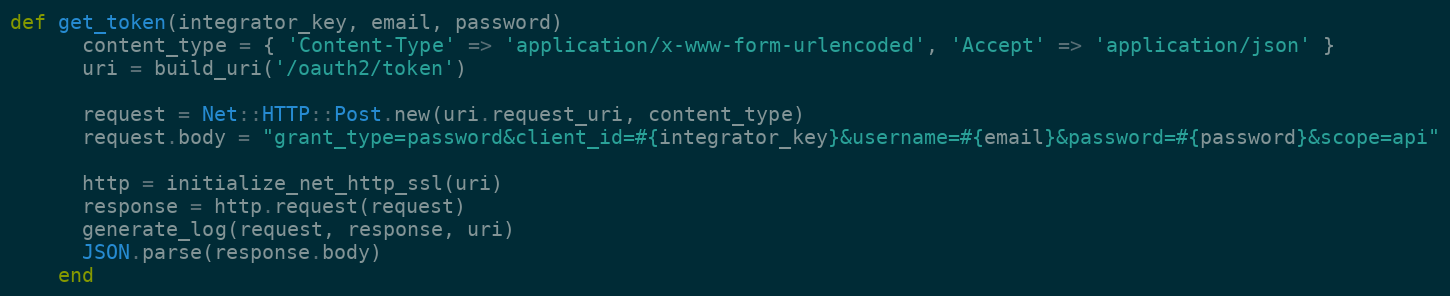
Language: Ruby
def get_token(integrator_key, email, password)
      content_type = { 'Content-Type' => 'application/x-www-form-urlencoded', 'Accept' => 'application/json' }
      uri = build_uri('/oauth2/token')

      request = Net::HTTP::Post.new(uri.request_uri, content_type)
      request.body = "grant_type=password&client_id=#{integrator_key}&username=#{email}&password=#{password}&scope=api"

      http = initialize_net_http_ssl(uri)
      response = http.request(request)
      generate_log(request, response, uri)
      JSON.parse(response.body)
    end